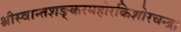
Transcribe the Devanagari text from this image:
श्रीस्वान्तशङ्करमहोरकिशोरचन्द्र।